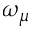
\omega _ { \mu }